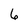
Character: 6